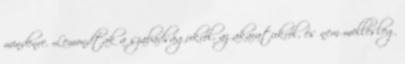
mindenre. Lemondtak a szabadságukról, az akaratukról, és nem mellesleg